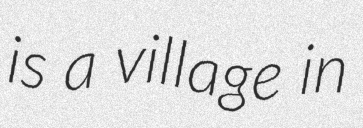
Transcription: is a village in